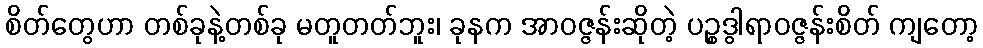
စိတ်တွေဟာ တစ်ခုနဲ့တစ်ခု မတူတတ်ဘူး၊ ခုနက အာဝဇ္ဇန်းဆိုတဲ့ ပဉ္စဒွါရာဝဇ္ဇန်းစိတ် ကျတော့